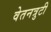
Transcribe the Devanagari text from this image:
वेतनत्रुटी